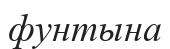
фунтына